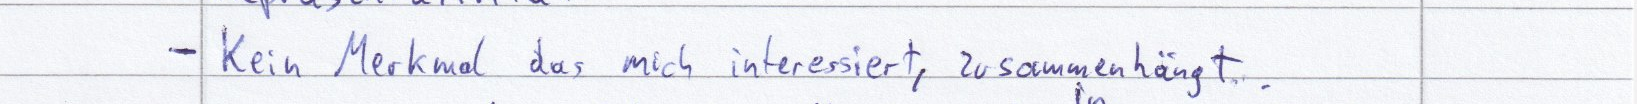
- Kein Merkmal das mich interessiert, zusammenhängt